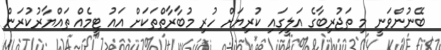
ބޭނުންވަނީ މި ތަޖުރިބާގެ އަލީގައި ކުރިޔަށް ހުރި މުބާރާތްތަކަށް އައު ޓީމެއް ތައްޔާރުކުރަން